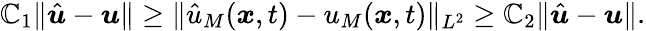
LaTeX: \mathbb{C}_{1}\| \hat{{\boldsymbol{u}}}-\boldsymbol{u}\| \ge\| \hat{{u}}_{M}(\boldsymbol{x},t)-u_{M}(\boldsymbol{x},t)\| _{L^{2}}\ge\mathbb{C}_{2}\| \hat{{\boldsymbol{u}}}-\boldsymbol{u}\| .